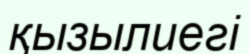
қызылиегі